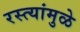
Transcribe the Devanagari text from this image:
रस्त्यांमुळे